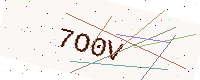
Text: 7O0V